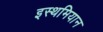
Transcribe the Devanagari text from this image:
इस्थमियान